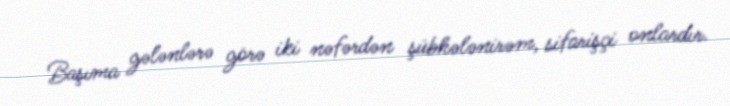
Başıma gələnlərə görə iki nəfərdən şübhələnirəm, sifarişçi onlardır.